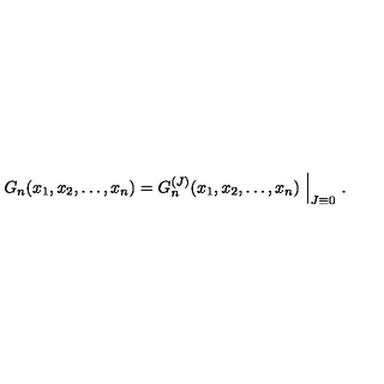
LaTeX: G _ { n } ( x _ { 1 } , x _ { 2 } , \dots , x _ { n } ) = G _ { n } ^ { ( J ) } ( x _ { 1 } , x _ { 2 } , \dots , x _ { n } ) \Bigm | _ { J \equiv 0 } .